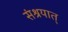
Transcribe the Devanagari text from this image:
संश्रयात्